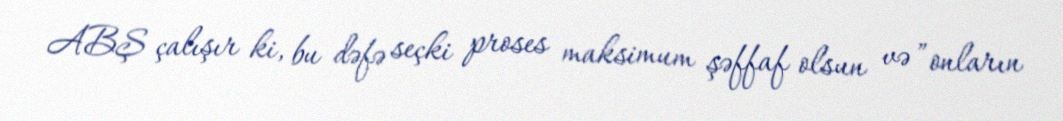
ABŞ çalışır ki, bu dəfə seçki proses maksimum şəffaf olsun və ”onların